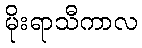
မိုးရာသီကာလ